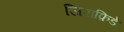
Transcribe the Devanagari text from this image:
जिराफ़िडे